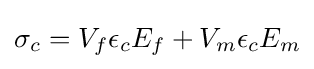
\sigma _{c}=V_{f}\epsilon _{c}E_{f}+V_{m}\epsilon _{c}E_{m}